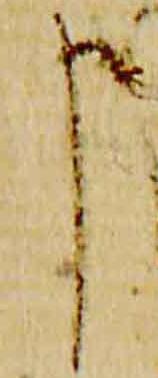
申